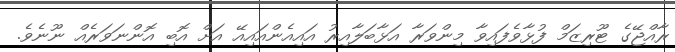
ރާއްޖޭގެ ޓޫރިޒަމް ފުޅާވެފައިވާ މިންވަރާ އަޅާބަލާއިރު އައިއެންއައިއޭ އަށް އޮބި އޮންނަވަރެއް ނޫނެވެ.